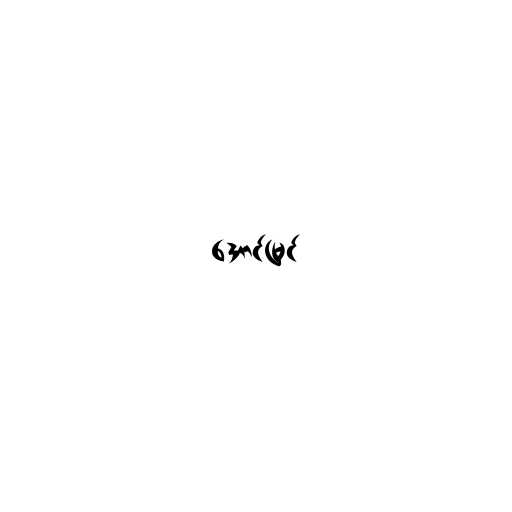
အောင်မြင်